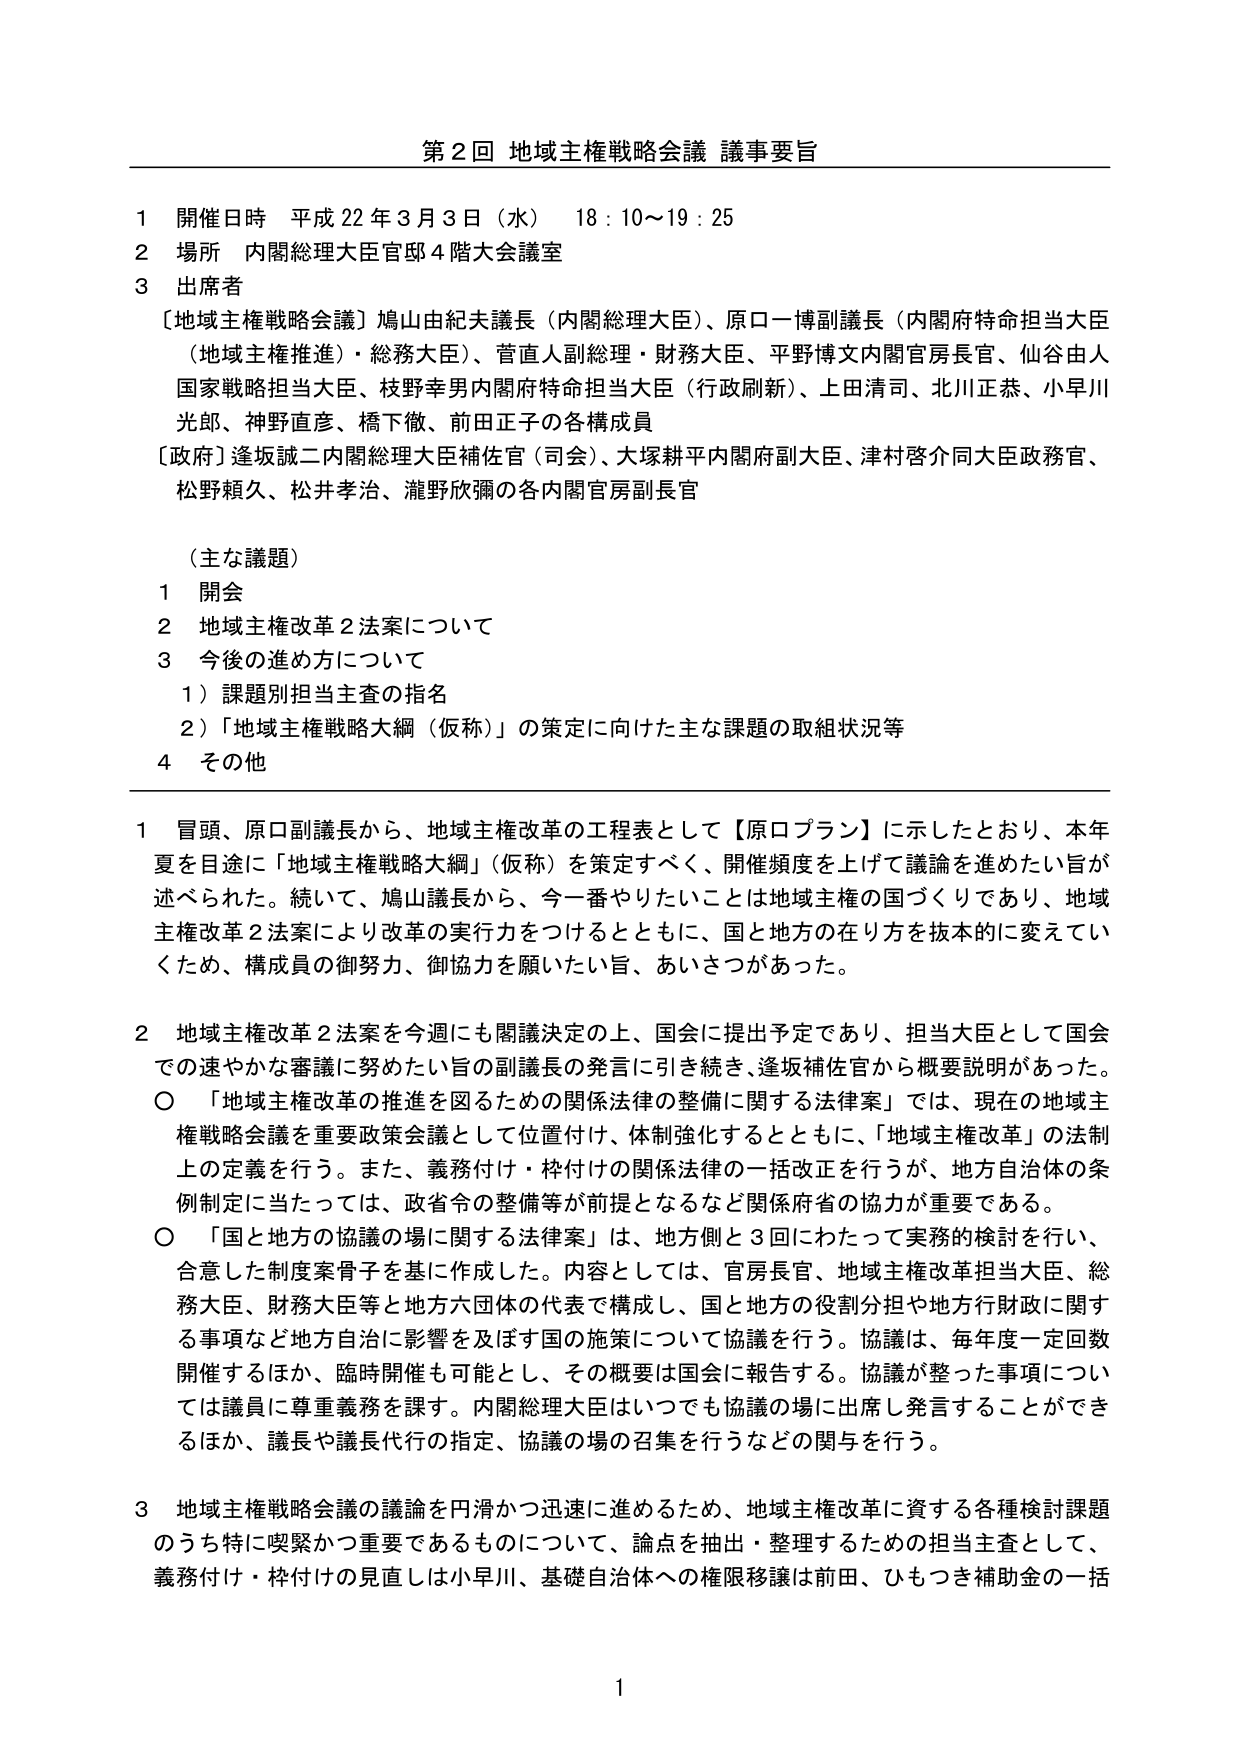
第２回 地域主権戦略会議 議事要旨

１ 開催日時 平成22年3月3日（水） 18：10～19：25
２ 場所 内閣総理大臣官邸4階大会議室
３ 出席者
　［地域主権戦略会議］鳩山由紀夫議長（内閣総理大臣）、原口一博副議長（内閣府特命担当大臣（地域主権推進）・総務大臣）、菅直人副総理・財務大臣、平野博文内閣官房長官、仙谷由人国家戦略担当大臣、枝野幸男内閣府特命担当大臣（行政刷新）、上田清司、北川正恭、小早川光郎、神野直彦、橋下徹、前田正子の各構成員
　［政府］逢坂誠二内閣総理大臣補佐官（司会）、大塚耕平内閣府副大臣、津村啓介同大臣政務官、松野頼久、松井孝治、瀧野欣彌の各内閣官房副長官

（主な議題）
１ 開会
２ 地域主権改革2法案について
３ 今後の進め方について
　　１）課題別担当主査の指名
　　２）「地域主権戦略大綱（仮称）」の策定に向けた主な課題の取組状況等
４ その他

１ 冒頭、原口副議長から、地域主権改革の工程表として【原ロプラン】に示したとおり、本年夏を目途に「地域主権戦略大綱」（仮称）を策定すべく、開催頻度を上げて議論を進めたい旨が述べられた。続いて、鳩山議長から、今一番やりたいことは地域主権の国づくりであり、地域主権改革2法案により改革の実行力をつけるとともに、国と地方の在り方を抜本的に変えていくため、構成員の御努力、御協力を願いたい旨、あいさつがあった。

２ 地域主権改革2法案を今週にも閣議決定の上、国会に提出予定であり、担当大臣として国会での速やかな審議に努めたい旨の副議長の発言に引き続き、逢坂補佐官から概要説明があった。
　○ 「地域主権改革の推進を図るための関係法律の整備に関する法律案」では、現在の地域主権戦略会議を重要政策会議として位置付け、体制強化するとともに、「地域主権改革」の法制上の定義を行う。また、義務付け・枠付けの関係法律の一括改正を行うが、地方自治体の条例制定に当たっては、政省令の整備等が前提となるなど関係府省の協力が重要である。
　○ 「国と地方の協議の場に関する法律案」は、地方側と3回にわたって実務的検討を行い、合意した制度案骨子を基に作成した。内容としては、官房長官、地域主権改革担当大臣、総務大臣、財務大臣等と地方六団体の代表で構成し、国と地方の役割分担や地方行政財政に関する事項など地方自治に影響を及ぼす国の施策について協議を行う。協議は、毎年度一定回数開催するほか、臨時開催も可能とし、その概要は国会に報告する。協議が整った事項については議員に尊重義務を課す。内閣総理大臣はいつでも協議の場に出席し発言することができるほか、議長や議長代行の指定、協議の場の召集を行うなどの関与を行う。

３ 地域主権戦略会議の議論を円滑かつ迅速に進めるため、地域主権改革に資する各種検討課題のうち特に喫緊かつ重要であるものについて、論点を抽出・整理するための担当主査として、義務付け・枠付けの見直しは小早川、基礎自治体への権限移譲は前田、ひもつき補助金の一括

1